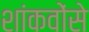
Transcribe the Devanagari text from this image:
शांकवोंसे